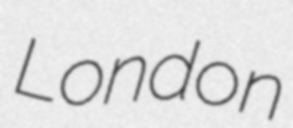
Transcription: London